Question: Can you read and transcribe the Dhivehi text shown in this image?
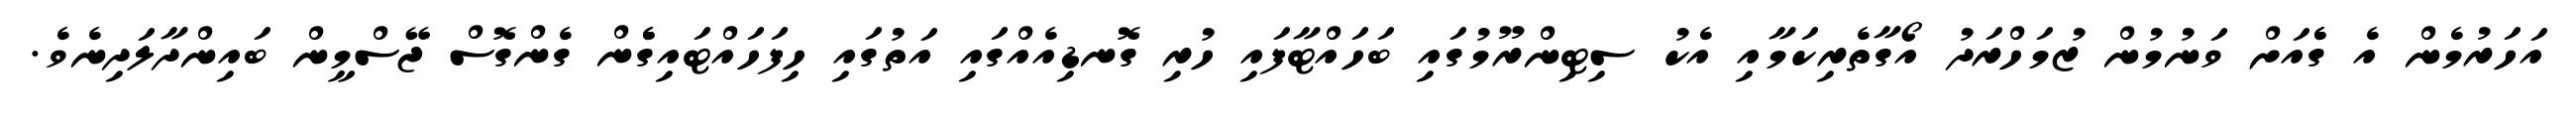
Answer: އަހަރުމެން އެ ގެެއަށް ވަނުމުން ޒުމަހްރަދު އޯގާތެރިކަމާއި އެކު ސިޓިންރޫމުގައި ބަހައްޓާފައި ހުރި ގޮނޑިއެއްގައި އަތުގައި ހިފަހައްޓައިގެެން ގެންގޮސް ޖޭސްމީން ބައިންދާލަދިނެވެ.